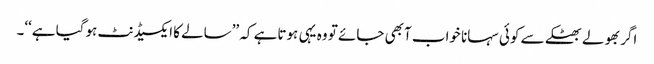
اگر بھولے بھٹکے سے کوئی سہانا خواب آبھی جائے تو وہ یہی ہوتاہے کہ ’’سالے کا ایکسیڈنٹ ہوگیا ہے‘‘۔